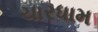
ચારધામ